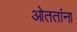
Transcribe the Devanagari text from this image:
ओततांना